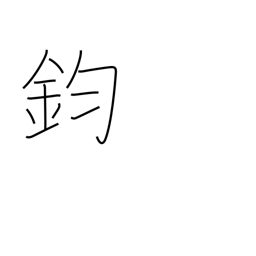
Meaning: equal